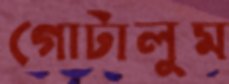
গোটালুম